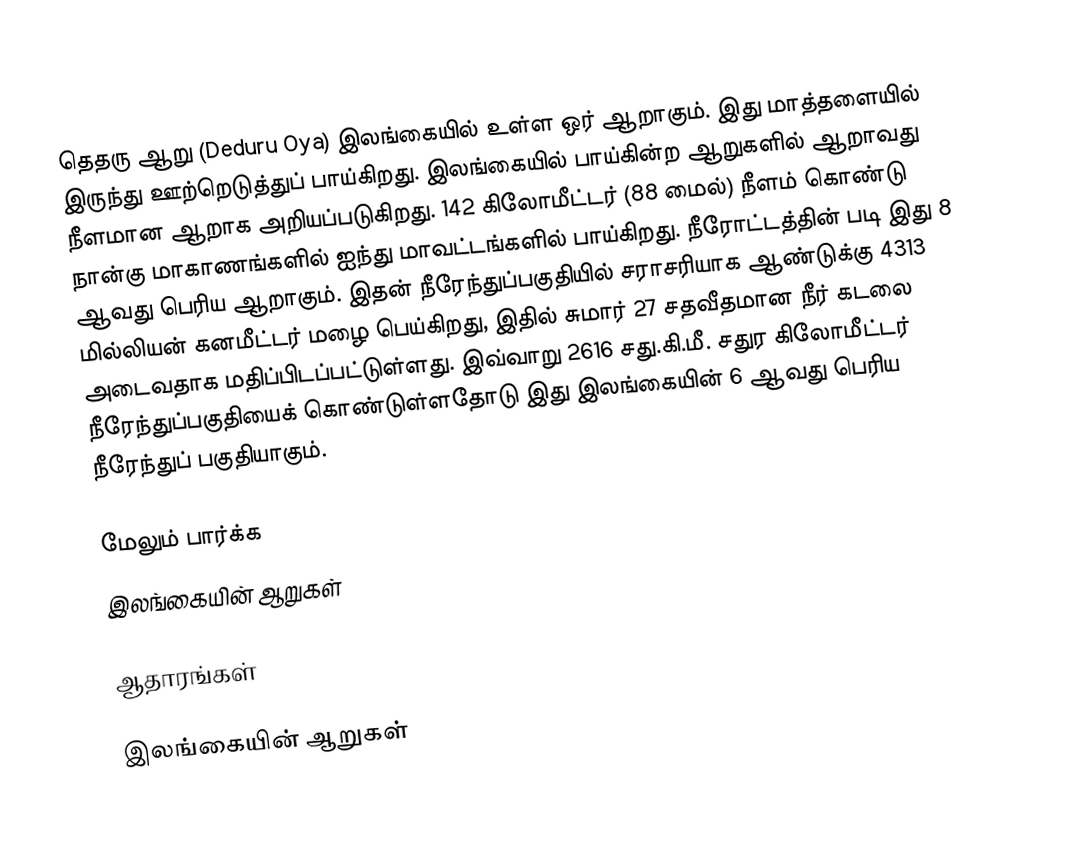
தெதரு ஆறு (Deduru Oya) இலங்கையில் உள்ள ஒர் ஆறாகும். இது மாத்தளையில் இருந்து ஊற்றெடுத்துப் பாய்கிறது.  இலங்கையில் பாய்கின்ற ஆறுகளில் ஆறாவது நீளமான ஆறாக அறியப்படுகிறது. 142 கிலோமீட்டர் (88 மைல்) நீளம் கொண்டு  நான்கு மாகாணங்களில் ஐந்து மாவட்டங்களில் பாய்கிறது. நீரோட்டத்தின் படி இது  8 ஆவது பெரிய ஆறாகும். இதன் நீரேந்துப்பகுதியில் சராசரியாக ஆண்டுக்கு 4313 மில்லியன் கனமீட்டர் மழை பெய்கிறது, இதில் சுமார் 27 சதவீதமான நீர் கடலை அடைவதாக மதிப்பிடப்பட்டுள்ளது. இவ்வாறு 2616 சது.கி.மீ. சதுர கிலோமீட்டர் நீரேந்துப்பகுதியைக் கொண்டுள்ளதோடு இது இலங்கையின் 6 ஆவது பெரிய நீரேந்துப் பகுதியாகும்.

மேலும் பார்க்க
 இலங்கையின் ஆறுகள்

ஆதாரங்கள்

இலங்கையின் ஆறுகள்